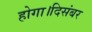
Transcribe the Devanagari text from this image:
होगा।दिसंबर